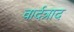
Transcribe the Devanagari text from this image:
वार्दत्राद